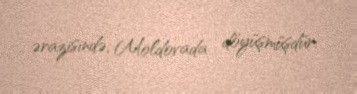
ərazisində, Moldovada döyüşmüşdür.